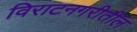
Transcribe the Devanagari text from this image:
विराटनगरीतील